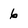
Character: 6